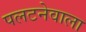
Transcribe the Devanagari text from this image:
पलटनेवाला